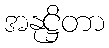
အနုဋ္ဌိတာ